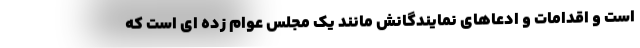
است و اقدامات و ادعاهای نمایندگانش مانند یک مجلس عوام زده ای است که